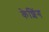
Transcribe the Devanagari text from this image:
केशिंग